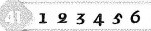
41 1 2 3 4 5 6